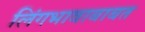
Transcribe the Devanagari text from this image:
लिंगभावाबाबत